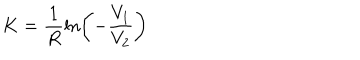
LaTeX: K = \frac { 1 } { R } \ln \left( - \frac { V _ { 1 } } { V _ { 2 } } \right)